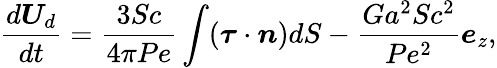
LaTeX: \frac{d\boldsymbol{U}_{d}}{dt}=\frac{3Sc}{4\pi Pe}\int(\boldsymbol{\tau}\cdot\boldsymbol{n})dS-\frac{Ga^{2}Sc^{2}}{Pe^{2}}\boldsymbol{e}_{z},